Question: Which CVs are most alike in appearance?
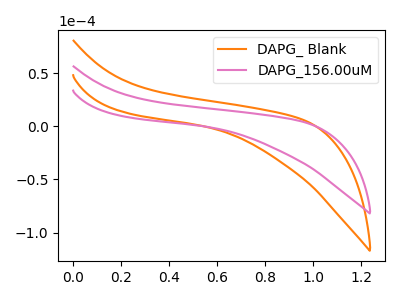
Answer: <think>The orange curve "DAPG_ Blank" has no peaks. The pink curve "DAPG_156.00uM" has no peaks.
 Neither "DAPG_ Blank" or "DAPG_156.00uM" have any peaks.</think>
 <answer>"DAPG_156.00uM" and "DAPG_ Blank" have the same shape and are likely CV's of the same chemical.</answer>
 <eval>"DAPG_156.00uM" "DAPG_ Blank"</eval>